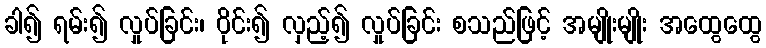
ခါ၍ ရမ်း၍ လှုပ်ခြင်း၊ ဝိုင်း၍ လှည့်၍ လှုပ်ခြင်း စသည်ဖြင့် အမျိုးမျိုး အထွေထွေ